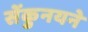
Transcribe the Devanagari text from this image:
सेंकुनयने